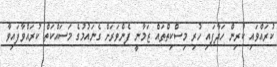
ކުރައްވައި ކުރިން ހަދާފައި ހުރި މިސްކިތްތައް ޒަމާނީ ފެންވަރަށް ގެނައުމުގެ މަސައްކަތް ކުރައްވާފައިވާ